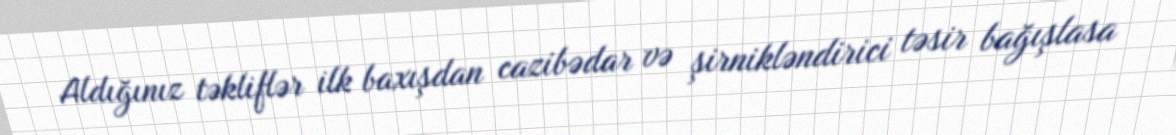
Aldığınız təkliflər ilk baxışdan cazibədar və şirnikləndirici təsir bağışlasa